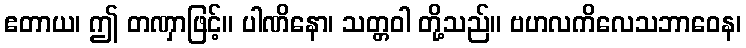
ဧတာယ၊ ဤ တဏှာဖြင့်။ ပါဏိနော၊ သတ္တဝါ တို့သည်။ ဗဟလကိလေသဘာဝေန၊